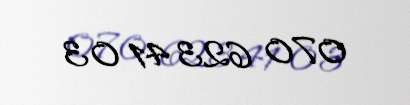
070 623 41 03